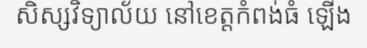
សិស្សវិទ្យាល័យ នៅខេត្តកំពង់ធំ ឡើង